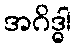
အဂိဒ္ဓါ